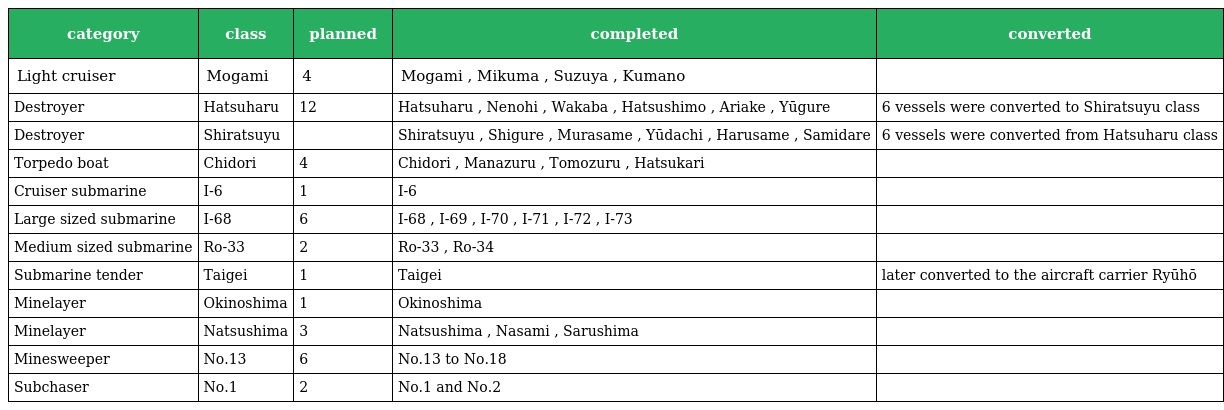
| category | class | planned | completed | converted |
 | --- | --- | --- | --- | --- |
 | Light cruiser | Mogami | 4 | Mogami , Mikuma , Suzuya , Kumano |  |
 | Destroyer | Hatsuharu | 12 | Hatsuharu , Nenohi , Wakaba , Hatsushimo , Ariake , Yūgure | 6 vessels were converted to Shiratsuyu class |
 | Destroyer | Shiratsuyu |  | Shiratsuyu , Shigure , Murasame , Yūdachi , Harusame , Samidare | 6 vessels were converted from Hatsuharu class |
 | Torpedo boat | Chidori | 4 | Chidori , Manazuru , Tomozuru , Hatsukari |  |
 | Cruiser submarine | I-6 | 1 | I-6 |  |
 | Large sized submarine | I-68 | 6 | I-68 , I-69 , I-70 , I-71 , I-72 , I-73 |  |
 | Medium sized submarine | Ro-33 | 2 | Ro-33 , Ro-34 |  |
 | Submarine tender | Taigei | 1 | Taigei | later converted to the aircraft carrier Ryūhō |
 | Minelayer | Okinoshima | 1 | Okinoshima |  |
 | Minelayer | Natsushima | 3 | Natsushima , Nasami , Sarushima |  |
 | Minesweeper | No.13 | 6 | No.13 to No.18 |  |
 | Subchaser | No.1 | 2 | No.1 and No.2 |  |